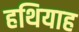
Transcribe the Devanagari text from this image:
हथियाह